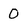
Character: 0